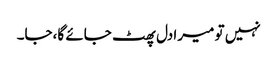
نہیں تو میرا دل پھٹ جائے گا،جا۔